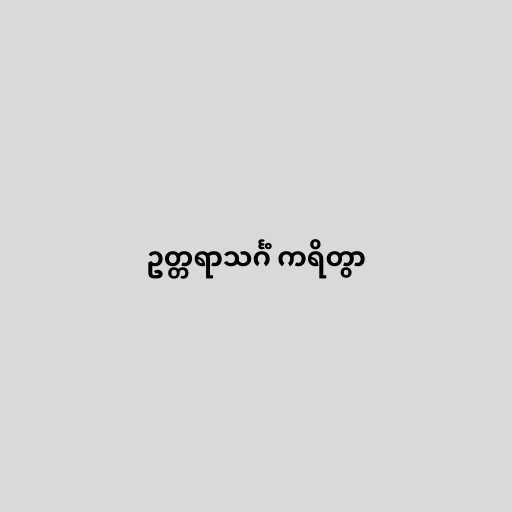
ဥတ္တရာသင်္ဂံ ကရိတွာ